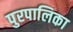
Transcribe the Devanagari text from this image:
पुरपालिका